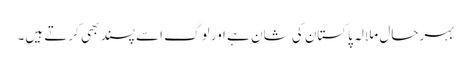
بہرحال ملالہ پاکستان کی شان ہے ا ور لوگ اسے پسند بھی کرتے ہیں۔